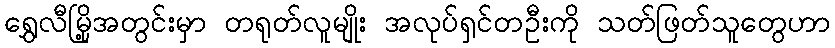
ရွှေလီမြို့အတွင်းမှာ တရုတ်လူမျိုး အလုပ်ရှင်တဦးကို သတ်ဖြတ်သူတွေဟာ